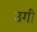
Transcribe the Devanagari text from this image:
उगीं